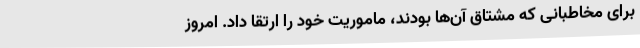
برای مخاطبانی که مشتاق آن‌ها بودند، ماموریت خود را ارتقا داد. امروز